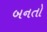
બનતો